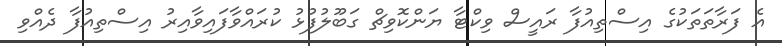
އެ ފަރާތަތަކުގެ އިސްތިއުފާ ރައީސް ވިކްޓާ ޔަންކޮވިޗް ގަބޫލުފުޅު ކުރައްވާފައިވާއިރު އިސްތިއުފާ ދެއްވި